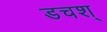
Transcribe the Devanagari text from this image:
डचश्